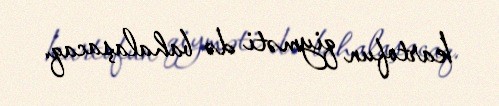
kartofun qiyməti də bahalaşacaq.